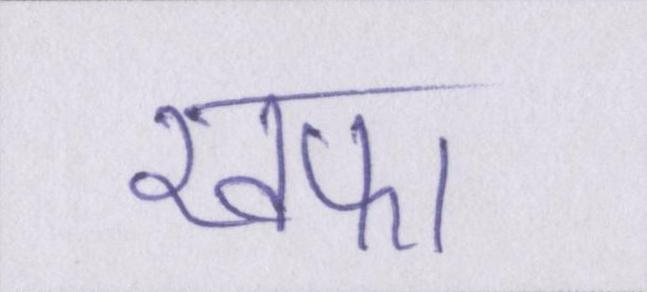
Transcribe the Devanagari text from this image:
खफा